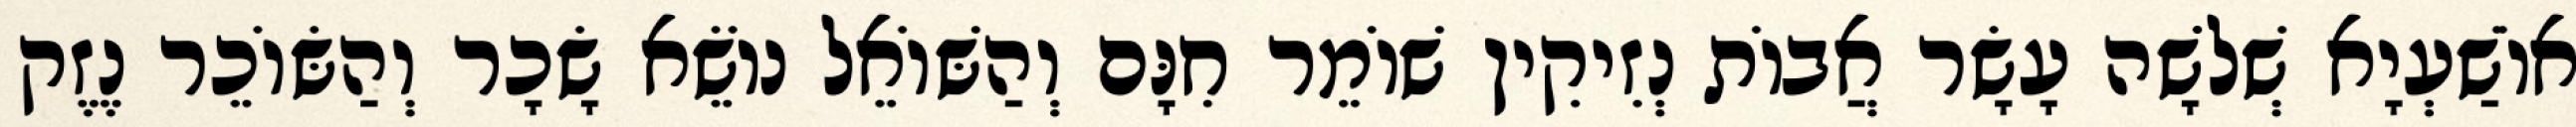
אוֹשַׁעְיָא שְׁלֹשָׁה עָשָׂר אֲבוֹת נְזִיקִין שׁוֹמֵר חִנָּם וְהַשּׁוֹאֵל נוֹשֵׂא שָׂכָר וְהַשּׂוֹכֵר נֶזֶק